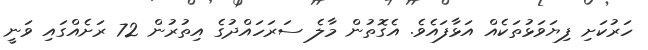
ހަރުކަށި ފިޔަވަޅުތަކެއް އަޅާފައެވެ. އެގޮތުން މާލެ ސަރަހައްދުގެ އިތުރުން 72 ރަށެއްގައި ވަނީ